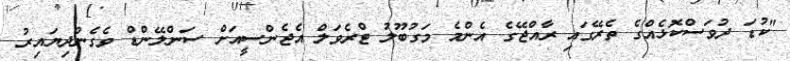
"ކުޑަ ދުވަސްކޮޅެއްގެ ތެރޭގައި ރާއްޖޭގެ އެންމެ މަގުބޫލު ޓްރެވަލް އެޖެންސީއަށް ސަންލޭންޑް ވެގެންދިޔައިރު